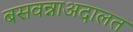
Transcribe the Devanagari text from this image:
बसवन्नाअदालत